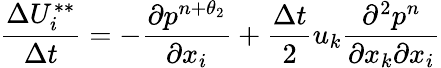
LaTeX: \frac{\Delta U_{i}^{**}}{\Delta t}=-\frac{\partial{{p}^{n+\theta_{2}}}}{\partial{{x}_{i}}}+\frac{\Delta t}{2}{{u}_{k}}\frac{{{\partial}^{2}}{{p}^{n}}}{\partial{{x}_{k}}\partial{{x}_{i}}}